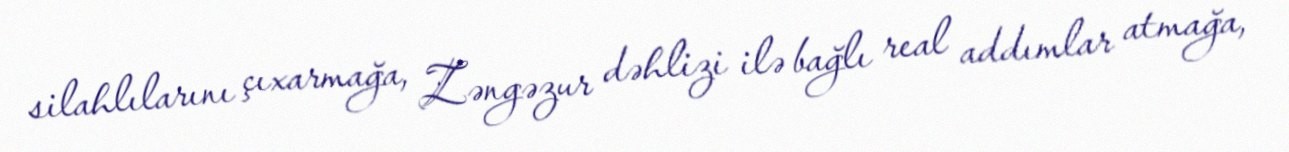
silahlılarını çıxarmağa, Zəngəzur dəhlizi ilə bağlı real addımlar atmağa,